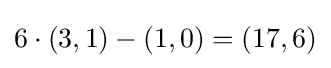
6\cdot (3,1)-(1,0)=(17,6)